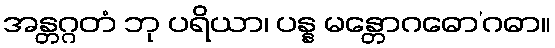
အန္တဂ္ဂတံ ဘု ပရိယာ၊ ပန္န မန္တောဂဓော’ဂဓာ။